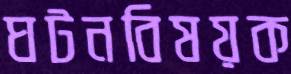
ঘটনবিষয়ক